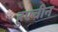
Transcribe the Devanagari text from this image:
हुएचीन